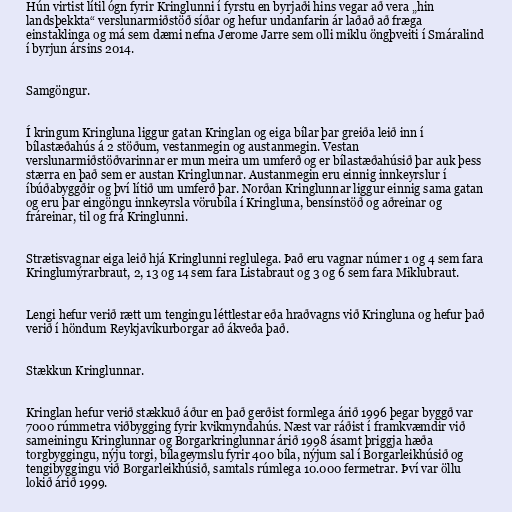
Hún virtist lítil ógn fyrir Kringlunni í fyrstu en byrjaði hins vegar að vera „hin
landsþekkta“ verslunarmiðstöð síðar og hefur undanfarin ár laðað að fræga
einstaklinga og má sem dæmi nefna Jerome Jarre sem olli miklu öngþveiti í Smáralind
í byrjun ársins 2014.

Samgöngur.

Í kringum Kringluna liggur gatan Kringlan og eiga bílar þar greiða leið inn í
bílastæðahús á 2 stöðum, vestanmegin og austanmegin. Vestan
verslunarmiðstöðvarinnar er mun meira um umferð og er bílastæðahúsið þar auk þess
stærra en það sem er austan Kringlunnar. Austanmegin eru einnig innkeyrslur í
íbúðabyggðir og því lítið um umferð þar. Norðan Kringlunnar liggur einnig sama gatan
og eru þar eingöngu innkeyrsla vörubíla í Kringluna, bensínstöð og aðreinar og
fráreinar, til og frá Kringlunni.

Strætisvagnar eiga leið hjá Kringlunni reglulega. Það eru vagnar númer 1 og 4 sem fara
Kringlumýrarbraut, 2, 13 og 14 sem fara Listabraut og 3 og 6 sem fara Miklubraut.

Lengi hefur verið rætt um tengingu léttlestar eða hraðvagns við Kringluna og hefur það
verið í höndum Reykjavíkurborgar að ákveða það.

Stækkun Kringlunnar.

Kringlan hefur verið stækkuð áður en það gerðist formlega árið 1996 þegar byggð var
7000 rúmmetra viðbygging fyrir kvikmyndahús. Næst var ráðist í framkvæmdir við
sameiningu Kringlunnar og Borgarkringlunnar árið 1998 ásamt þriggja hæða
torgbyggingu, nýju torgi, bílageymslu fyrir 400 bíla, nýjum sal í Borgarleikhúsið og
tengibyggingu við Borgarleikhúsið, samtals rúmlega 10.000 fermetrar. Því var öllu
lokið árið 1999.